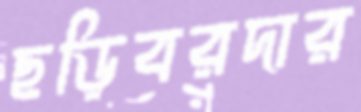
ছড়িবরদার